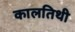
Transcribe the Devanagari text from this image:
कालतिथी